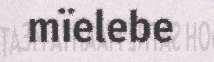
mïelebe